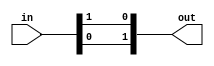
module reverse (
    input [1:0] in,
    output [1:0] out
);

    assign out = {in[0], in[1]};
    
endmodule